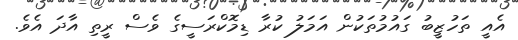
އެއީ ތަހުޒީބު ގައުމުތަކުން އަމަލު ކުރާ ޑިމޮކްރަސީގެ ވެސް ރީތި އާދަ އެވެ.